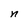
Character: n